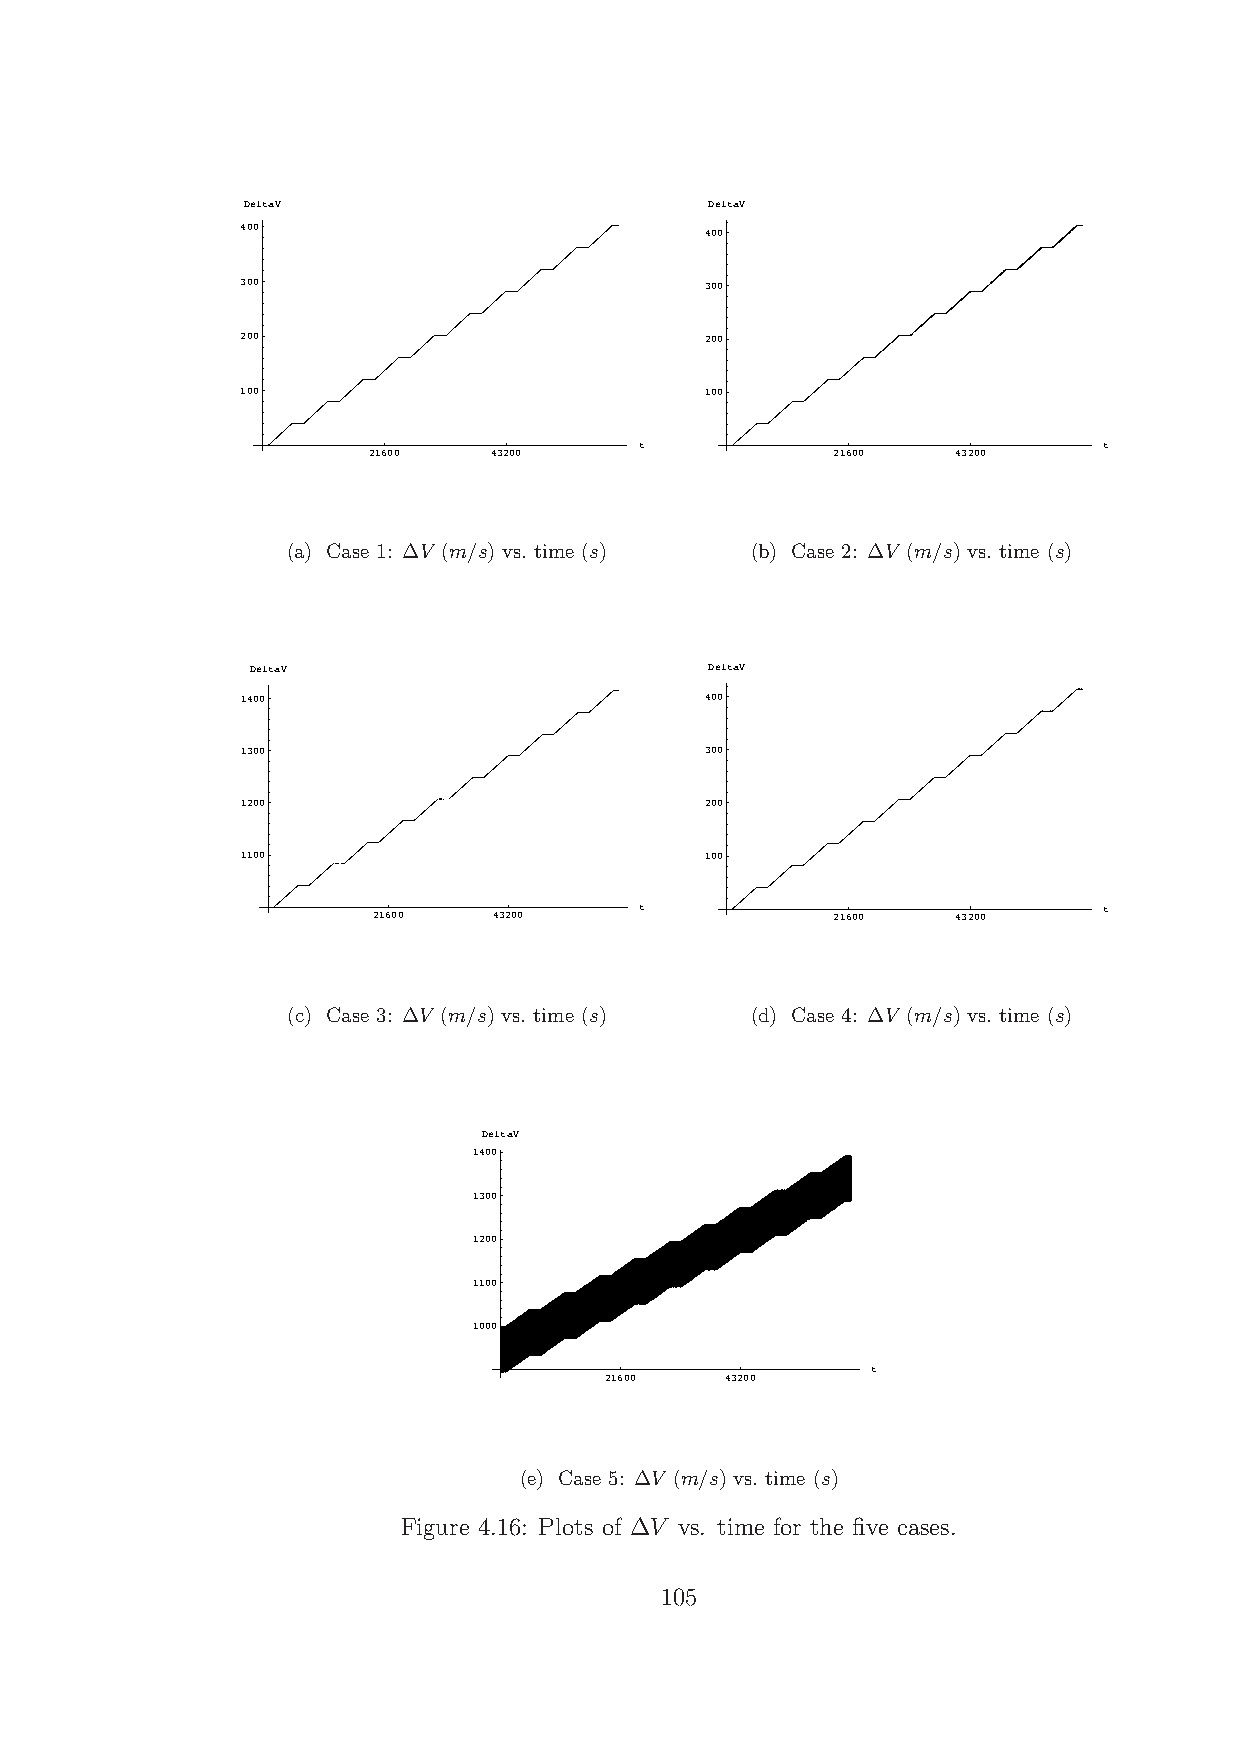
DeltaV                         DeltaV
 400                            400
 300                            300
 200                            200
 100                            100
 t                              t
 21600   43200                  21600   43200
 (a) Case 1: ∆V (m/s) vs. time (s) (b) Case 2: ∆V (m/s) vs. time (s)
 DeltaV                        DeltaV
 1400                           400
 1300                           300
 1200                           200
 1100                           100
 t                              t
 21600   43200                 21600   43200
 (c) Case 3: ∆V (m/s) vs. time (s) (d) Case 4: ∆V (m/s) vs. time (s)
 DeltaV
 1400
 1300
 1200
 1100
 1000
 t
 21600   43200
 (e) Case 5: ∆V (m/s) vs. time (s)
 Figure 4.16: Plots of ∆V vs. time for the five cases.
 105